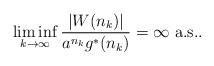
LaTeX: \begin{align*}\liminf_{k \to \infty}\frac{|W( n_k)|}{a^{n_k}g^*(n_k)} = \infty \mbox{ a.s.}.\end{align*}